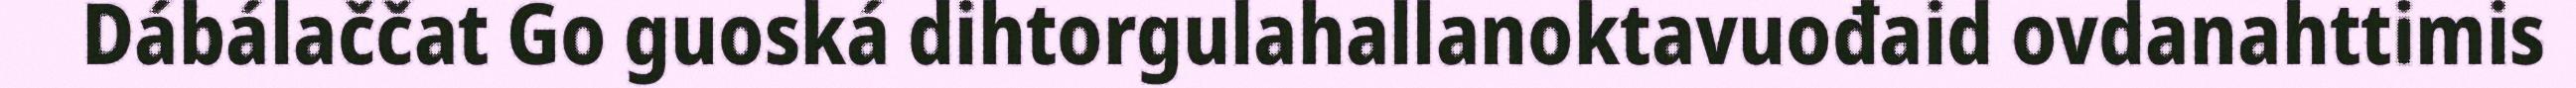
Dábálaččat Go guoská dihtorgulahallanoktavuođaid ovdanahttimis